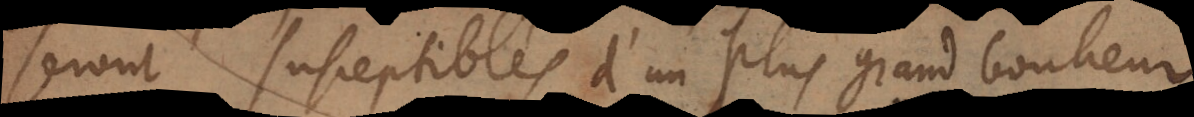
seront susceptibles d’un plus grand bonheur